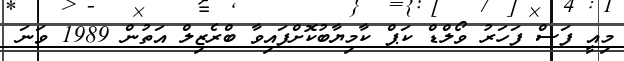
މިއީ ފަސް ފަހަރު ވޯލްޑް ކަޕް ކާމިޔާބުކޮށްފައިވާ ބްރެޒިލް އަތުން 1989 ވަނަ